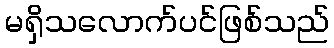
မရှိသလောက်ပင်ဖြစ်သည်